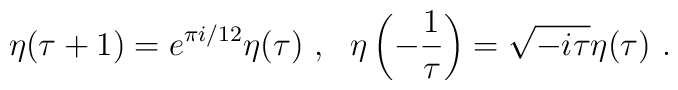
\eta (\tau + 1) =  e^{\pi i / 12} \eta (\tau) ~,~~ \eta \left(- \frac{1}{\tau}\right) =  \sqrt{-i \tau} \eta (\tau) ~.